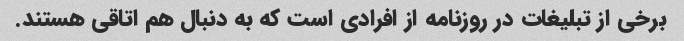
برخی از تبلیغات در روزنامه از افرادی است که به دنبال هم اتاقی هستند.